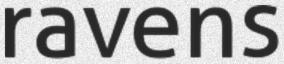
ravens